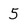
Character: 5